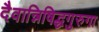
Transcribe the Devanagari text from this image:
दैवान्निषिद्धगुरुगा